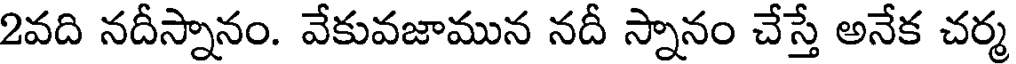
2వది నదీస్నానం. వేకువజామున నదీ స్నానం చేస్తే అనేక చర్మ